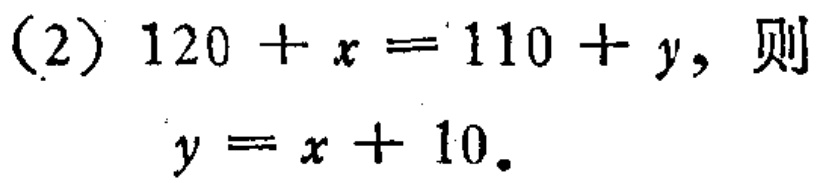
(2) \(120 + x = 110 + y\), 则

\(y = x + 10\).